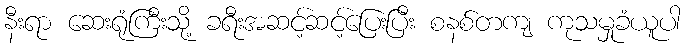
နီးရာ ဆေးရုံကြီးသို့ ခရီးအဆင့်ဆင့်ပြေးပြီး စနစ်တကျ ကုသမှုခံယူပါ